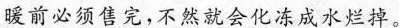
暖前必须售完，不然就会化冻成水烂掉。